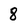
Character: 8